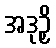
အဒုဉှိ